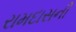
રામદાસની